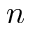
n